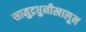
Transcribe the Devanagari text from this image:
सामुद्रधुनीखालून